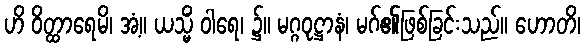
ဟိ ဝိတ္ထာရေမိ၊ အံ့။ ယသ္မိံ ဝါရေ၊ ၌။ မဂ္ဂဝုဋ္ဌာနံ၊ မဂ်၏ဖြစ်ခြင်းသည်။ ဟောတိ၊